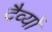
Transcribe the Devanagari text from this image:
दैव्यों